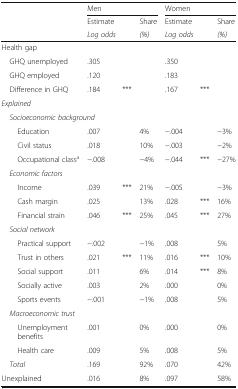
<table><thead><tr><td rowspan="3"></td><td colspan="3"><b>Men</b></td><td colspan="3"><b>Women</b></td></tr><tr><td><b>Estimate</b></td><td></td><td><b>Share</b></td><td><b>Estimate</b></td><td></td><td><b>Share</b></td></tr><tr><td colspan="2"><b><i>Log odds</i></b></td><td><b><i>(%)</i></b></td><td colspan="2"><b><i>Log odds</i></b></td><td><b><i>(%)</i></b></td></tr></thead><tbody><tr><td colspan="7">Health gap</td></tr><tr><td> GHQ unemployed</td><td>.305</td><td></td><td></td><td>.350</td><td></td><td></td></tr><tr><td> GHQ employed</td><td>.120</td><td></td><td></td><td>.183</td><td></td><td></td></tr><tr><td> Difference in GHQ</td><td>.184</td><td>***</td><td></td><td>.167</td><td>***</td><td></td></tr><tr><td colspan="7"><i>Explained</i></td></tr><tr><td colspan="7"> <i>Socioeconomic background</i></td></tr><tr><td>Education</td><td>.007</td><td></td><td>4%</td><td>−.004</td><td></td><td>−3%</td></tr><tr><td>Civil status</td><td>.018</td><td></td><td>10%</td><td>−.003</td><td></td><td>−2%</td></tr><tr><td>Occupational class<sup>a</sup></td><td>−.008</td><td></td><td>−4%</td><td>−.044</td><td>***</td><td>−27%</td></tr><tr><td colspan="7"> <i>Economic factors</i></td></tr><tr><td>Income</td><td>.039</td><td>***</td><td>21%</td><td>−.005</td><td></td><td>−3%</td></tr><tr><td>Cash margin</td><td>.025</td><td></td><td>13%</td><td>.028</td><td>***</td><td>16%</td></tr><tr><td>Financial strain</td><td>.046</td><td>***</td><td>25%</td><td>.045</td><td>***</td><td>27%</td></tr><tr><td colspan="7"> <i>Social network</i></td></tr><tr><td>Practical support</td><td>−.002</td><td></td><td>−1%</td><td>.008</td><td></td><td>5%</td></tr><tr><td>Trust in others</td><td>.021</td><td>***</td><td>11%</td><td>.016</td><td>***</td><td>10%</td></tr><tr><td>Social support</td><td>.011</td><td></td><td>6%</td><td>.014</td><td>***</td><td>8%</td></tr><tr><td>Socially active</td><td>.003</td><td></td><td>2%</td><td>.000</td><td></td><td>0%</td></tr><tr><td>Sports events</td><td>−.001</td><td></td><td>−1%</td><td>.008</td><td></td><td>5%</td></tr><tr><td colspan="7"> <i>Macroeconomic trust</i></td></tr><tr><td>Unemployment benefits</td><td>.001</td><td></td><td>0%</td><td>.000</td><td></td><td>0%</td></tr><tr><td>Health care</td><td>.009</td><td></td><td>5%</td><td>.008</td><td></td><td>5%</td></tr><tr><td> <i>Total</i></td><td>.169</td><td></td><td>92%</td><td>.070</td><td></td><td>42%</td></tr><tr><td>Unexplained</td><td>.016</td><td></td><td>8%</td><td>.097</td><td></td><td>58%</td></tr></tbody></table>